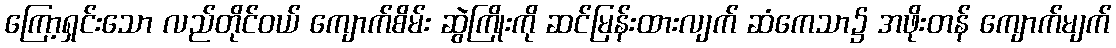
ကြော့ရှင်းသော လည်တိုင်ဝယ် ကျောက်စိမ်း ဆွဲကြိုးကို ဆင်မြန်းထားလျက် ဆံကေသာ၌ အဖိုးတန် ကျောက်မျက်